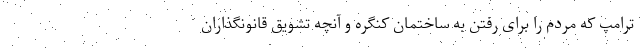
ترامپ که مردم را برای رفتن به ساختمان کنگره و آنچه تشویق قانونگذاران